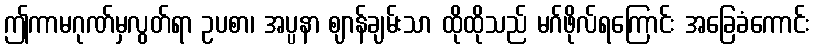
ဤကာမဂုဏ်မှလွတ်ရာ ဥပစာ၊ အပ္ပနာ ဈာန်ချမ်းသာ ထိုထိုသည် မဂ်ဖိုလ်ရကြောင်း အခြေခံကောင်း